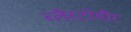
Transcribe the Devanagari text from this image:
ब्लैस्टोमीर